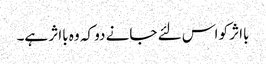
بااثر کو اس لئے جانے دو کہ وہ بااثر ہے۔